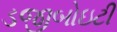
ડજીબોઇટી